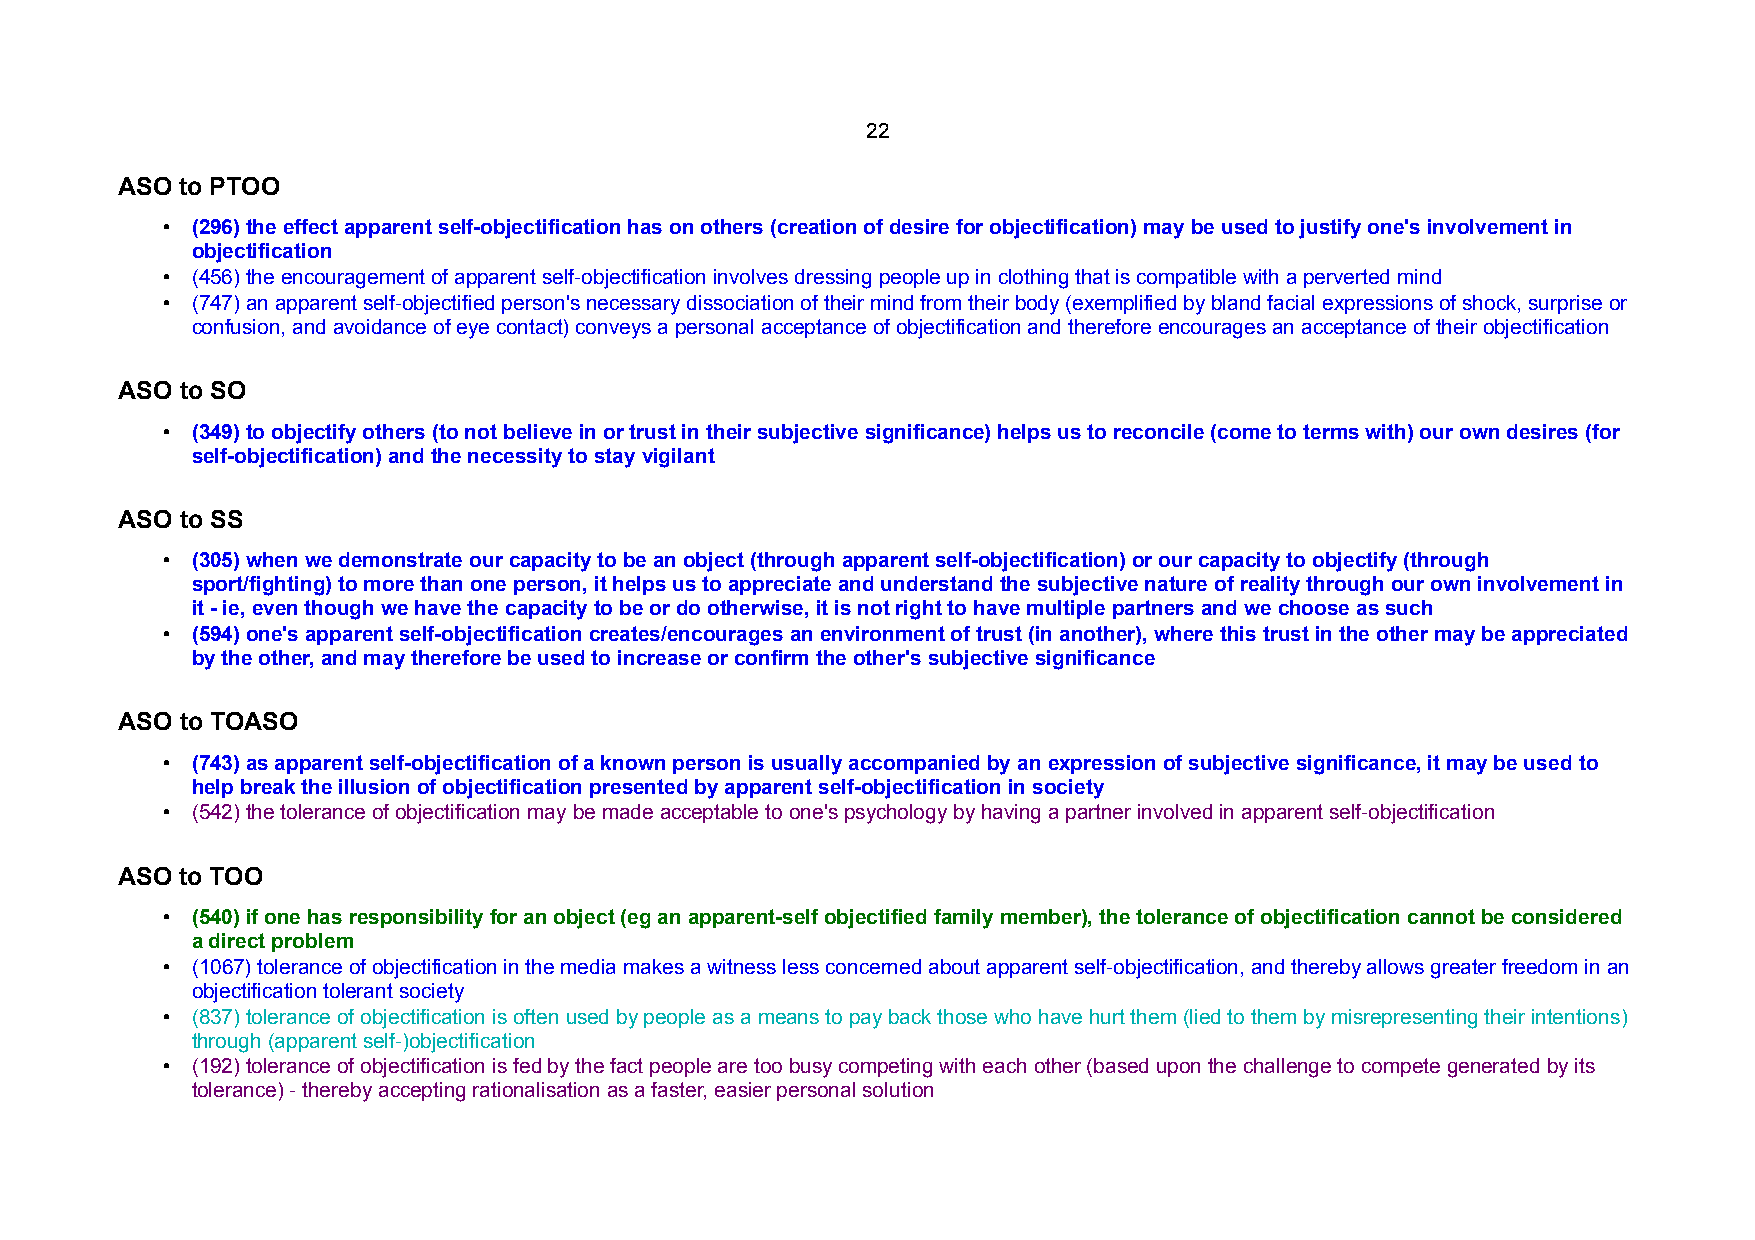
22
 ASO to PTOO
 • (296) the effect apparent self-objectification has on others (creation of desire for objectification) may be used to justify one's involvement in
 objectification
 • (456) the encouragement of apparent self-objectification involves dressing people up in clothing that is compatible with a perverted mind
 • (747) an apparent self-objectified person's necessary dissociation of their mind from their body (exemplified by bland facial expressions of shock, surprise or
 confusion, and avoidance of eye contact) conveys a personal acceptance of objectification and therefore encourages an acceptance of their objectification
 ASO to SO
 • (349) to objectify others (to not believe in or trust in their subjective significance) helps us to reconcile (come to terms with) our own desires (for
 self-objectification) and the necessity to stay vigilant
 ASO to SS
 • (305) when we demonstrate our capacity to be an object (through apparent self-objectification) or our capacity to objectify (through
 sport/fighting) to more than one person, it helps us to appreciate and understand the subjective nature of reality through our own involvement in
 it - ie, even though we have the capacity to be or do otherwise, it is not right to have multiple partners and we choose as such
 • (594) one's apparent self-objectification creates/encourages an environment of trust (in another), where this trust in the other may be appreciated
 by the other, and may therefore be used to increase or confirm the other's subjective significance
 ASO to TOASO
 • (743) as apparent self-objectification of a known person is usually accompanied by an expression of subjective significance, it may be used to
 help break the illusion of objectification presented by apparent self-objectification in society
 • (542) the tolerance of objectification may be made acceptable to one's psychology by having a partner involved in apparent self-objectification
 ASO to TOO
 • (540) if one has responsibility for an object (eg an apparent-self objectified family member), the tolerance of objectification cannot be considered
 a direct problem
 • (1067) tolerance of objectification in the media makes a witness less concerned about apparent self-objectification, and thereby allows greater freedom in an
 objectification tolerant society
 • (837) tolerance of objectification is often used by people as a means to pay back those who have hurt them (lied to them by misrepresenting their intentions)
 through (apparent self-)objectification
 • (192) tolerance of objectification is fed by the fact people are too busy competing with each other (based upon the challenge to compete generated by its
 tolerance) - thereby accepting rationalisation as a faster, easier personal solution